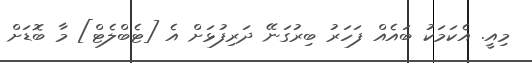
މިއީ. އެކަމަކު ބައެއް ފަހަރު ބިރުގަނޭ ދަރިފުޅަށް އެ [ޓެބްލެޓް] މާ ބޮޑަށް